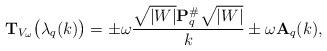
LaTeX: \begin{align*}{\bf T}_{V_\omega} \big( \lambda_q(k) \big) = \pm \omega \frac{\sqrt{\vert W \vert} {\bf P}_q^\# \sqrt{\vert W \vert}}{k} \pm \omega {\bf A}_q(k),\end{align*}